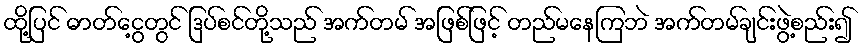
ထို့ပြင် ဓာတ်ငွေ့တွင် ဒြပ်စင်တို့သည် အက်တမ် အဖြစ်ဖြင့် တည်မနေကြဘဲ အက်တမ်ချင်းဖွဲ့စည်း၍